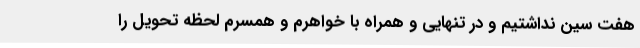
هفت سین نداشتیم و در تنهایی و همراه با خواهرم و همسرم لحظه تحویل را